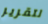
لتقرير